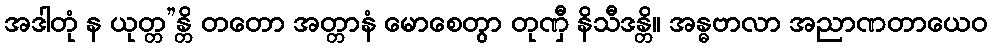
အဒါတုံ န ယုတ္တ”န္တိ တတော အတ္တာနံ မောစေတွာ တုဏှီ နိသီဒန္တိ။ အန္ဓဗာလာ အညာဏတာယေဝ